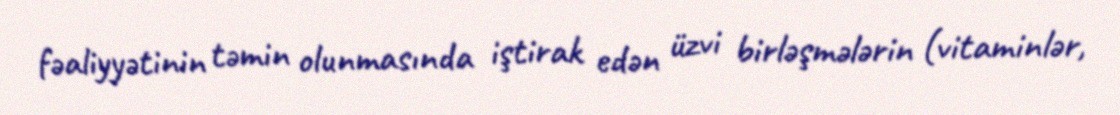
fəaliyyətinin təmin olunmasında iştirak edən üzvi birləşmələrin (vitaminlər,